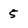
Character: 5